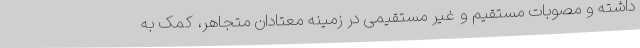
داشته و مصوبات مستقیم و غیر مستقیمی در زمینه معتادان متجاهر، کمک به